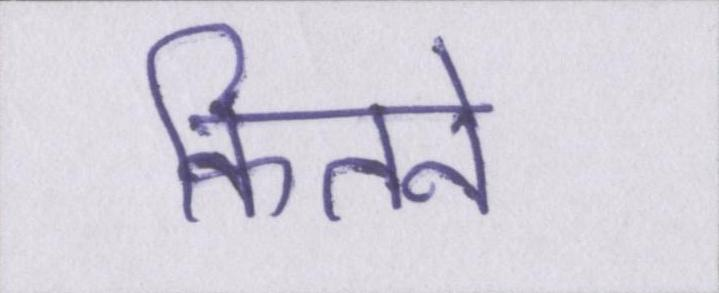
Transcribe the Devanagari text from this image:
कितने